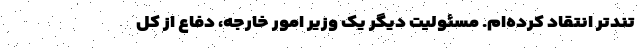
تندتر انتقاد کرده‌ام. مسئولیت دیگر یک وزیر امور خارجه، دفاع از کل